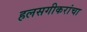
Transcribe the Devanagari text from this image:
हलसगीकरांचा